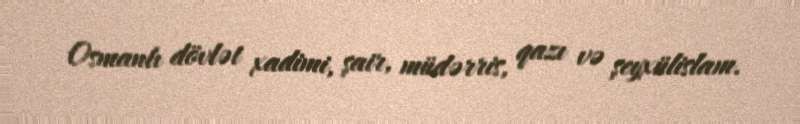
Osmanlı dövlət xadimi, şair, müdərris, qazı və şeyxülislam.